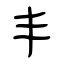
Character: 丰